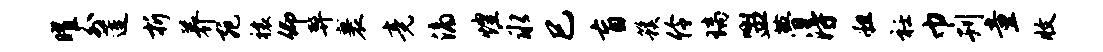
曜外莲折养宛禳仰弊裹竟滴煌永巳盲簇伶璃盥瞢得粗衽巾刊童收